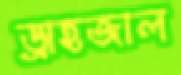
ড্রাহজাল